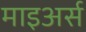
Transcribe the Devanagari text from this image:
माइअर्स